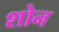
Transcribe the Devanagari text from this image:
शोन